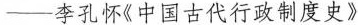
----李孔怀《中国古代行政制度史》